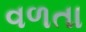
વળતા